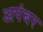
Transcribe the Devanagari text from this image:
अपंबर